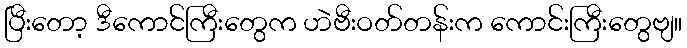
ပြီးတော့ ဒီကောင်ကြီးတွေက ဟဲဗီးဝတ်တန်းက ကောင်းကြီးတွေဗျ။